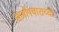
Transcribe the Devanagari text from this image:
सामोपचाराच्या